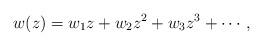
LaTeX: \begin{align*}w(z) = w_1 z + w_2 z^2 + w_3 z^3 + \cdots,\end{align*}